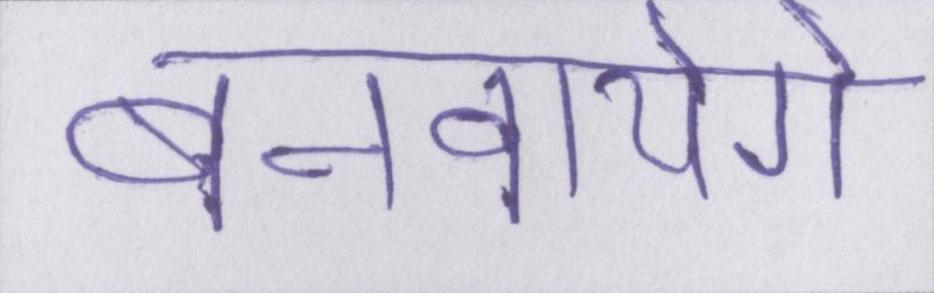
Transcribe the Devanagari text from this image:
बनवायेंगे